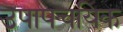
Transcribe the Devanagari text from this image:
उपापचयिक